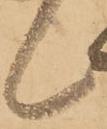
候